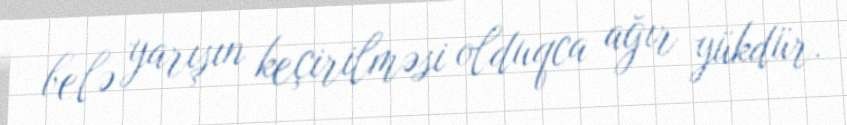
belə yarışın keçirilməsi olduqca ağır yükdür.